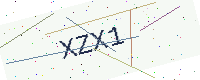
Text: XZX1